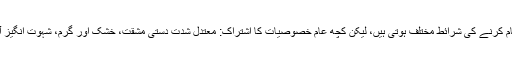
فارم کی جانب بڑھنے کے لیے کام کے حالات کے دوران کام کرنے کی شرائط مختلف ہوتی ہیں، لیکن کچھ عام خصوصیات کا اشتراک: معتدل شدت دستی مشقت، خشک اور گرم، شہوت انگیز آب و ہوا کا ماحول، شور اور کمپن، دھوئیں سے آلودہ ہوا ہے ۔